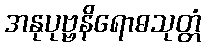
အနုပုဗ္ဗနိရောဓသုတ္တံ